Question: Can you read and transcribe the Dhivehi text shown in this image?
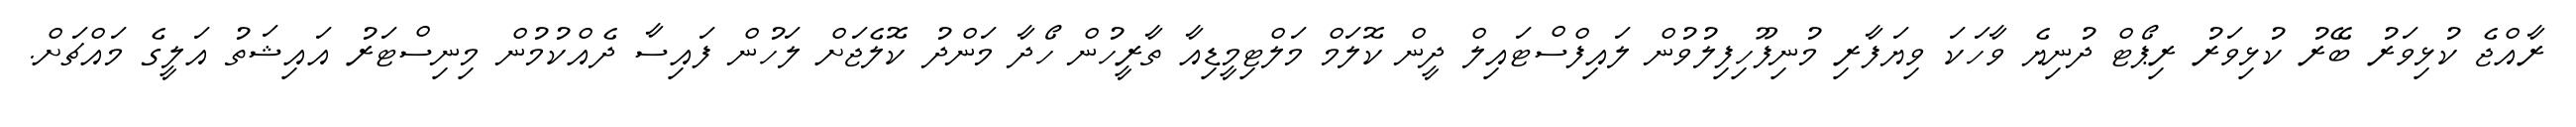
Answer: ރާއްޖެ ކުޅިވަރު ބޭރު ކުޅިވަރު ރިޕޯޓް ދުނިޔެ ވާހަކަ ވިޔަފާރި މުނިފޫހިފިލުވުން ލައިފްސްޓައިލް ދީން ކޮލަމް މަލްޓިމީޑިއާ ތާރީހުން ހޯދާ މަންދު ކޮލެޖަށް ލަހުން ފައިސާ ދެއްކުމުން މިނިސްޓަރު އައިޝަތު އަލީގެ މައްޗަށް.